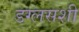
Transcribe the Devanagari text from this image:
डग्लसशी